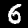
Digit: 6